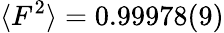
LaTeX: \langle F^{2}\rangle=0.99978(9)